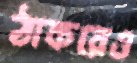
ঠাকরেও